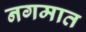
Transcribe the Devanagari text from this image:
नगमात